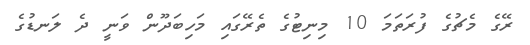
ރޭގެ މެޗުގެ ފުރަތަމަ 10 މިނިޓުގެ ތެރޭގައި މަހިބަދޫން ވަނީ ދެ ލަނޑުގެ